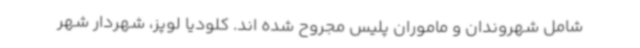
شامل شهروندان و ماموران پلیس مجروح شده اند. کلودیا لوپز، شهردار شهر